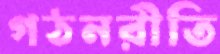
গঠনরীতি